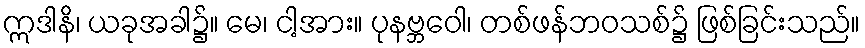
ဣဒါနိ၊ ယခုအခါ၌။ မေ၊ ငါ့အား။ ပုနဗ္ဘဝေါ၊ တစ်ဖန်ဘဝသစ်၌ ဖြစ်ခြင်းသည်။